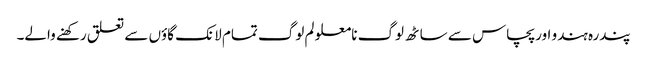
پندرہ ہندو اور پچاس سے ساٹھ لوگ نامعلو لم لوگ تمام لانک گاؤں سے تعلق رکھنے والے۔